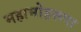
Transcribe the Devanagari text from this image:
महामोहरूपा